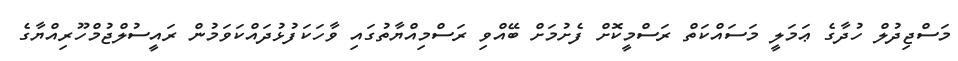
މަސްޖިދުލް ހުދާގެ ޢަމަލީ މަސައްކަތް ރަސްމީކޮށް ފެށުމަށް ބޭއްވި ރަސްމިއްޔާތުގައި ވާހަކަފުޅުދައްކަވަމުން ރައީސުލްޖުމްހޫރިއްޔާގެ